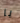
يا